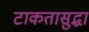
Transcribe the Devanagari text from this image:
टाकतासुद्धा